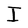
Character: I